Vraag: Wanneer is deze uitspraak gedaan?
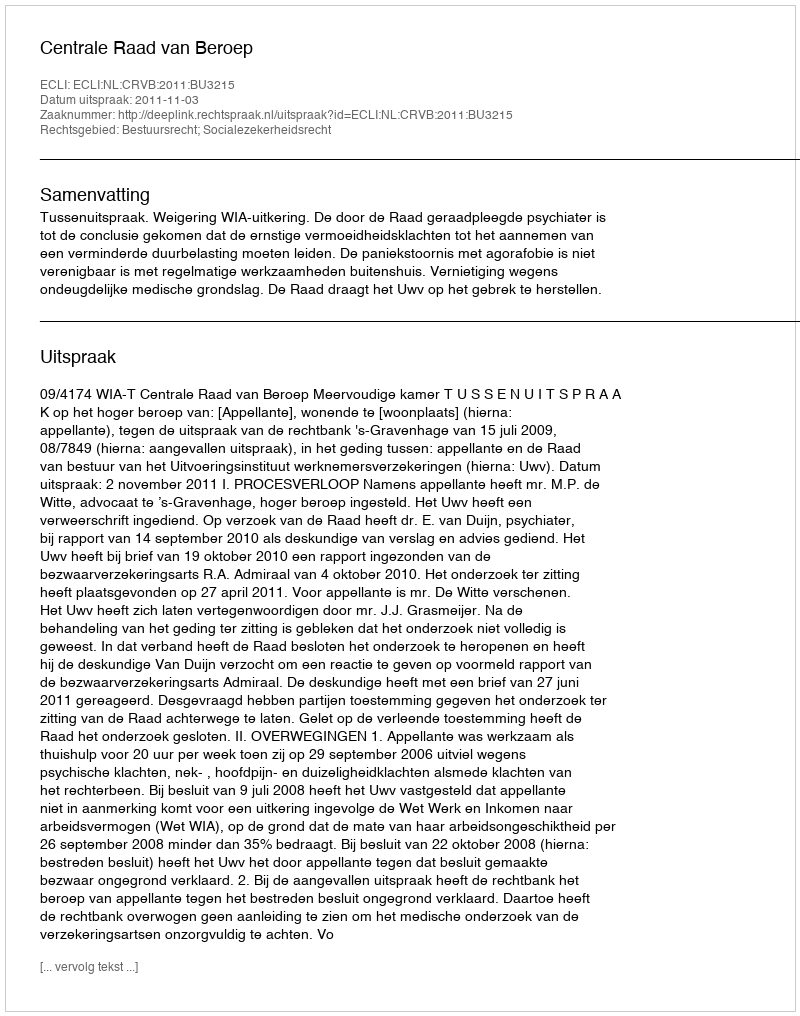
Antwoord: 2011-11-03